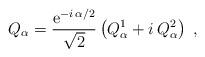
LaTeX: \begin{align*}Q_\alpha=\frac{{\rm e}^{-i\,\alpha/2}}{\sqrt{2}}\left(Q^1_\alpha + i\,Q^2_\alpha\right)\;,\end{align*}